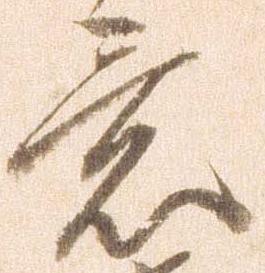
意